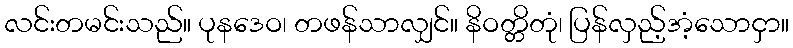
လင်းတမင်းသည်။ ပုနဒေဝ၊ တဖန်သာလျှင်။ နိဝတ္တိတုံ၊ ပြန်လှည့်အံ့သောငှာ။